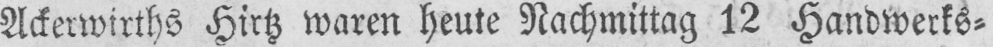
Ackerwirths Hirtz waren heute Nachmittag 12 Handwerks⸗